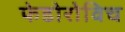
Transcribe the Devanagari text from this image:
फेडोरोविच